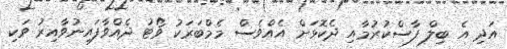
އަދި އެ ބިލް ފާސްކުރުމާއި ދެކޮޅަށް އެއްވެސް މެމްބަރަކު ވޯޓު ދެއްވާފައިނުވާއިރު ވަކި